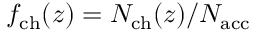
f _ { \mathrm { c h } } ( z ) = N _ { \mathrm { c h } } ( z ) / { N _ { \mathrm { a c c } } }